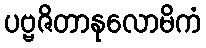
ပဗ္ဗဇိတာနုလောမိကံ